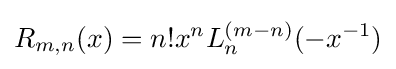
R_{m,n}(x)=n!x^{n}L_{n}^{(m-n)}(-x^{-1})